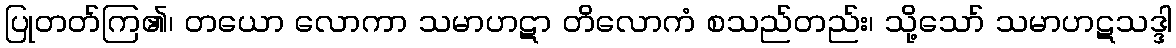
ပြုတတ်ကြ၏၊ တယော လောကာ သမာဟဋာ တိလောကံ စသည်တည်း၊ သို့သော် သမာဟဋသဒ္ဒါ